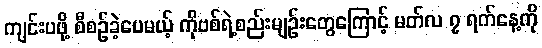
ကျင်းပဖို့ စီစဉ်ခဲ့ပေမယ့် ကိုဗစ်ရဲ့စည်းမျဉ်းတွေကြောင့် မတ်လ ၇ ရက်နေ့ကို